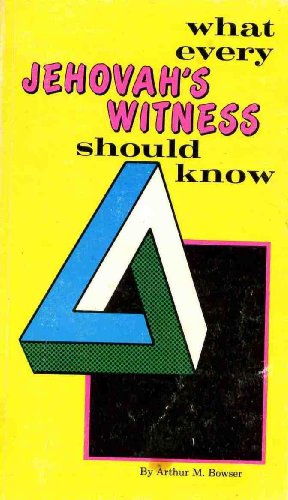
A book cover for What Every Jehovahs Witness Should Know; Arthur M. Bowser; Christian Books & Bibles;